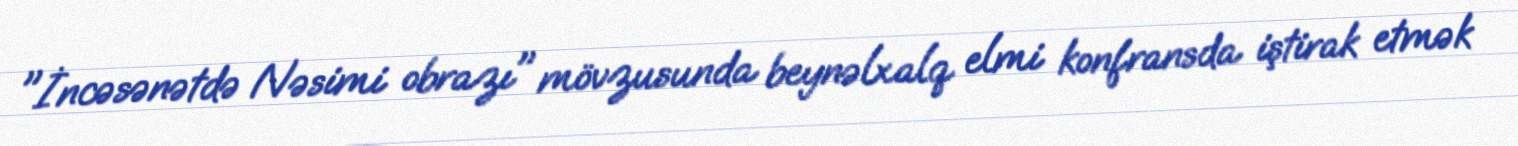
"İncəsənətdə Nəsimi obrazı" mövzusunda beynəlxalq elmi konfransda iştirak etmək